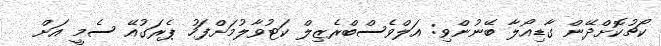
ކޯޗުކޮށްދޭން ގާޑިއޯލާ ބޭނުންވި: އަލްވެސްބްރެޒިލް ކަޓުވާލުމަށްފަހު ޕެރަގުއޭ ސެމީ އަށް